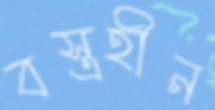
বস্ত্রহীন